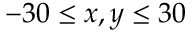
- 3 0 \le x , y \le 3 0